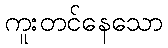
ကူးတင်နေသော